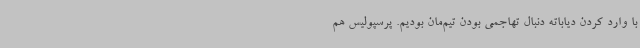
با وارد کردن دیاباته دنبال تهاجمی بودن تیم‌مان بودیم. پرسپولیس هم